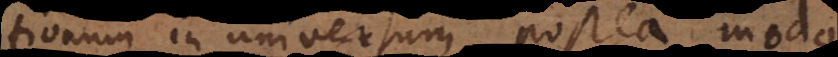
tionum in universum, postea modus